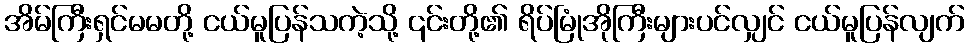
အိမ်ကြီးရှင်မမတို့ ငယ်မူပြန်သကဲ့သို့ ၎င်းတို့၏ ရိပ်မြုံအိုကြီးများပင်လျှင် ငယ်မူပြန်လျက်